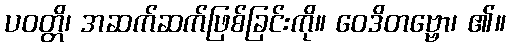
ပဝတ္တိ၊ အဆက်ဆက်ဖြစ်ခြင်းကို။ ဝေဒိတဗ္ဗော၊ ၏။